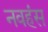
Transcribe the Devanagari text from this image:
नवहंस